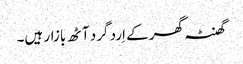
گھنٹہ گھر کے اِرد گرد آٹھ بازار ہیں۔